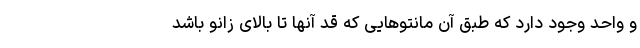
و واحد وجود دارد که طبق آن مانتوهایی که قد آنها تا بالای زانو باشد